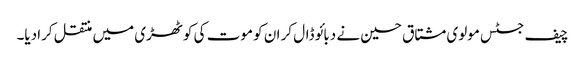
چیف جسٹس مولوی مشتاق حسین نے دبائو ڈال کر ان کو موت کی کوٹھڑی میں منتقل کرادیا۔